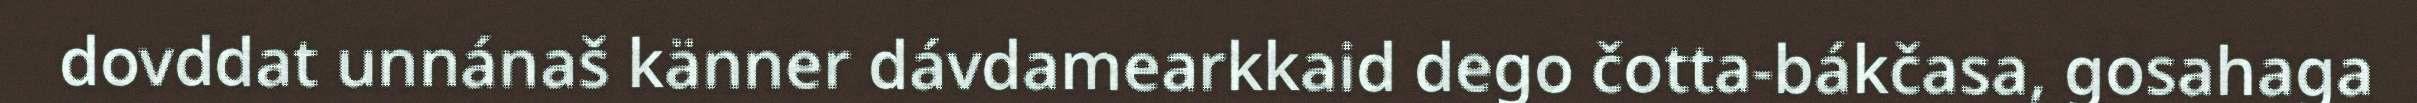
dovddat unnánaš känner dávdamearkkaid dego čotta-bákčasa, gosahaga